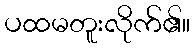
ပထမတူးလိုက်၏။